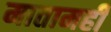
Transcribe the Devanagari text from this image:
मातामही